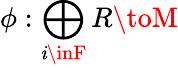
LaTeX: \phi:\bigoplus_{\mathit{i}\inF}R\toM